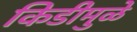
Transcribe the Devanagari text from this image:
किडीमुळे